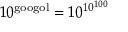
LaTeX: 1 0 ^ { \mathrm { g o o g o l } } = 1 0 ^ { 1 0 ^ { 1 0 0 } }